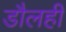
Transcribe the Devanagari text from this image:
डौलही